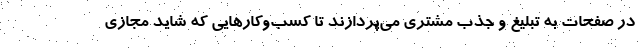
در صفحات به تبلیغ و جذب مشتری می‌پردازند تا کسب‌وکارهایی که شاید مجازی